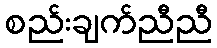
စည်းချက်ညီညီ